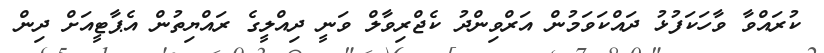
ކުރައްވާ ވާހަކަފުޅު ދައްކަވަމުން އަރްވިންދު ކެޖްރިވާލް ވަނީ ދިއްލީގެ ރައްޔިތުން އެޕާޓީއަށް ދިން